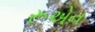
રૂએન